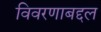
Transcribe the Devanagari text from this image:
विवरणाबद्दल